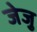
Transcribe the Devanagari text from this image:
जेजु